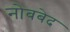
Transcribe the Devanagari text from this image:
नोबबेद